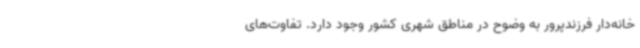
خانه‌دار فرزندپرور به وضوح در مناطق شهری کشور وجود دارد. تفاوت‌های